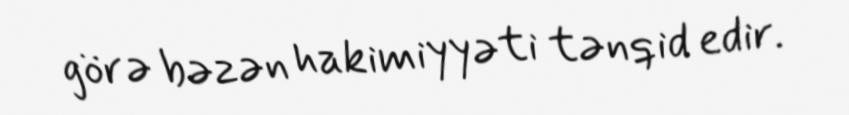
görə bəzən hakimiyyəti tənqid edir.